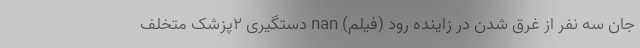
جان سه نفر از غرق شدن در زاینده رود (فیلم) nan دستگیری ۲پزشک متخلف